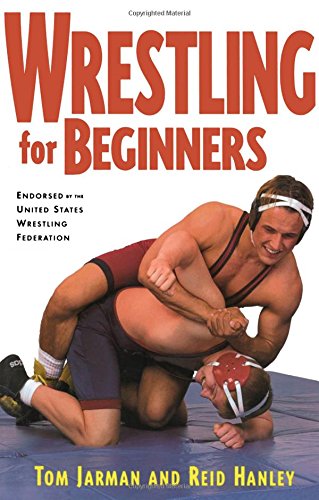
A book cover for Wrestling For Beginners; Tom Jarman; Sports & Outdoors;